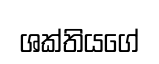
ශක්තියගේ